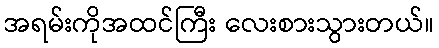
အရမ်းကိုအထင်ကြီး လေးစားသွားတယ်။